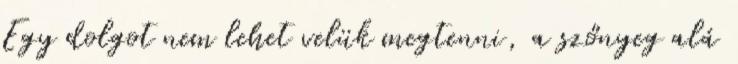
Egy dolgot nem lehet velük megtenni, a szőnyeg alá